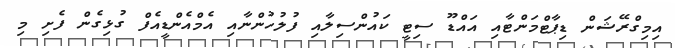
އިމިގްރޭޝަން ޑިޕާޓްމަންޓާއި އައްޑޫ ސިޓީ ކައުންސިލާއި ފުލުހުންނާއި އެމްއެންޑީއެފް ގުޅިގެން ފެށި މި